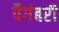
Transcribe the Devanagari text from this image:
पैगंबरी